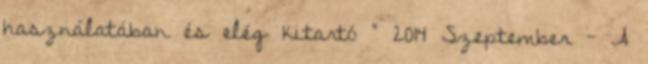
használatában és elég kitartó " 2014 Szeptember - A